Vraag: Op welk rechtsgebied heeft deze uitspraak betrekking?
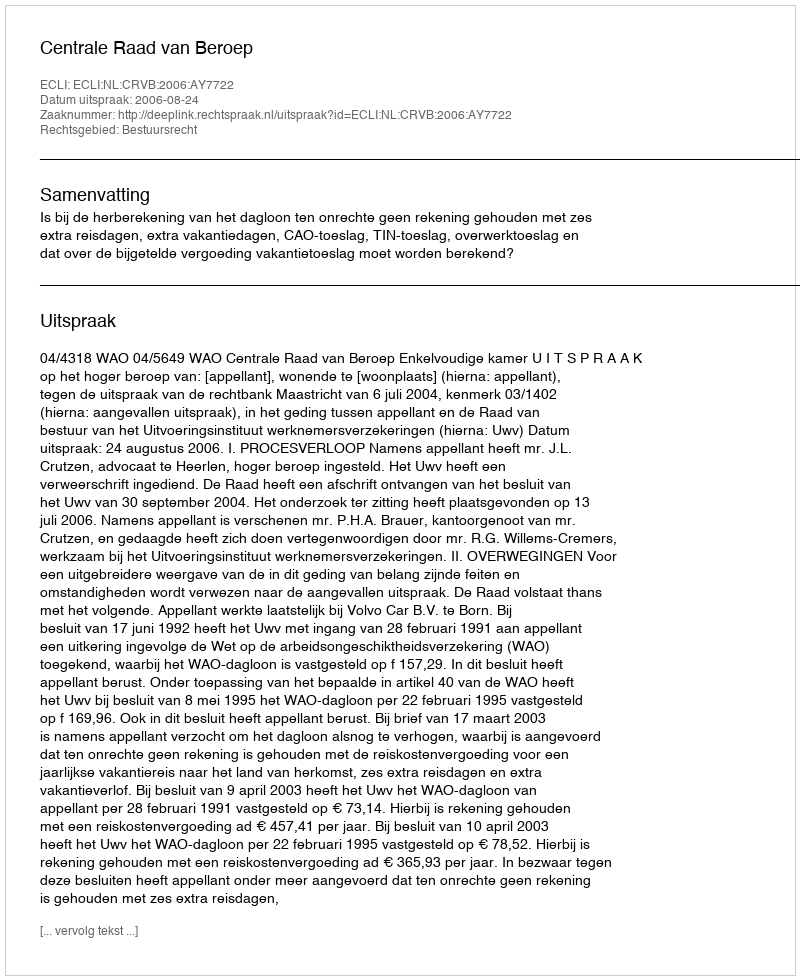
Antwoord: Bestuursrecht